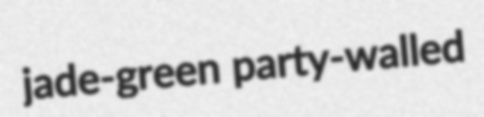
jade-green party-walled